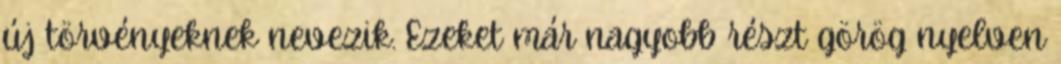
új törvényeknek nevezik. Ezeket már nagyobb részt görög nyelven